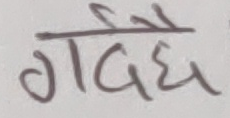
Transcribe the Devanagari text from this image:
गर्दछ